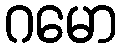
ဂမော